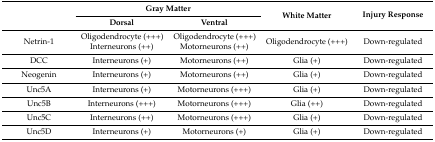
<table><thead><tr><td rowspan="2"></td><td colspan="2"><b>Gray Matter</b></td><td rowspan="2"><b>White Matter</b></td><td rowspan="2"><b>Injury Response</b></td></tr><tr><td><b>Dorsal</b></td><td><b>Ventral</b></td></tr></thead><tbody><tr><td>Netrin-1</td><td>Oligodendrocyte (+++) Interneurons (++)</td><td>Oligodendrocyte (+++) Motorneurons (++)</td><td>Oligodendrocyte (+++)</td><td>Down-regulated</td></tr><tr><td>DCC</td><td>Interneurons (+)</td><td>Motorneurons (++)</td><td>Glia (+)</td><td>Down-regulated</td></tr><tr><td>Neogenin</td><td>Interneurons (+)</td><td>Motorneurons (++)</td><td>Glia (+)</td><td>Down-regulated</td></tr><tr><td>Unc5A</td><td>Interneurons (+)</td><td>Motorneurons (+++)</td><td>Glia (+)</td><td>Down-regulated</td></tr><tr><td>Unc5B</td><td>Interneurons (+++)</td><td>Motorneurons (+++)</td><td>Glia (++)</td><td>Down-regulated</td></tr><tr><td>Unc5C</td><td>Interneurons (++)</td><td>Motorneurons (+++)</td><td>Glia (+)</td><td>Down-regulated</td></tr><tr><td>Unc5D</td><td>Interneurons (+)</td><td>Motorneurons (+)</td><td>Glia (+)</td><td>Down-regulated</td></tr></tbody></table>